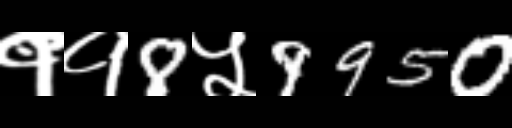
Text: ११8५9950